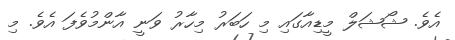
އެވެ. ޝޯޝަލް މީޑިއާގައި މި ހަބަރު މިހާރު ވަނީ އާންމުވެފަ އެވެ. މި